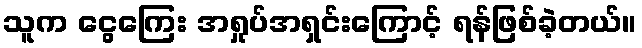
သူက ငွေကြေး အရှုပ်အရှင်းကြောင့် ရန်ဖြစ်ခဲ့တယ်။